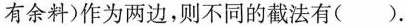
有余料)作为两边，则不同的截法有( ).